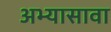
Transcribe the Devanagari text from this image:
अभ्यासावा